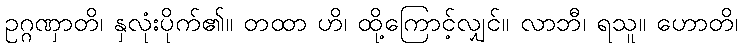
ဥဂ္ဂဏှာတိ၊ နှလုံးပိုက်၏။ တထာ ဟိ၊ ထို့ကြောင့်လျှင်။ လာဘီ၊ ရသူ။ ဟောတိ၊